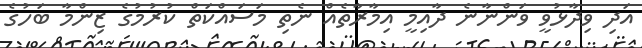
އަދި ވިދާޅުވީ ވަންނާނެ ދާއިމީ އިމާރާތެއް ނެތި މަސައްކަތް ކުރުމުގެ ޒިންމާ ބަހުގެ